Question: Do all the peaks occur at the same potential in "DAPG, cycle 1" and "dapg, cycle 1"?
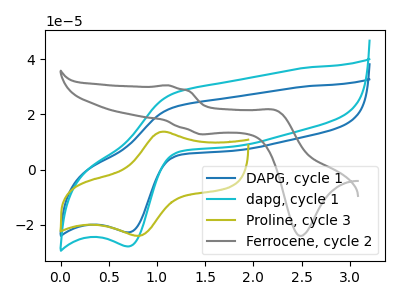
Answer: <think>The blue curve "DAPG, cycle 1" has an anodic peak at (1.20V, 22.70uA) and a cathodic peak at (0.70V, -22.70uA). The cyan curve "dapg, cycle 1" has an anodic peak at (1.20V, 27.80uA) and a cathodic peak at (0.70V, -27.75uA). The olive curve "Proline, cycle 3" has an anodic peak at (1.05V, 13.80uA) and a cathodic peak at (0.80V, -24.00uA). The gray curve "Ferrocene, cycle 2" has anodic peaks at (1.10V, 30.55uA) (2.25V, 21.30uA) and cathodic peaks at (1.50V, 12.80uA) (2.50V, -24.00uA).</think>
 <answer>Yes, "DAPG, cycle 1" have a peak in "dapg, cycle 1" at the same potential.</answer>
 <eval>match</eval>